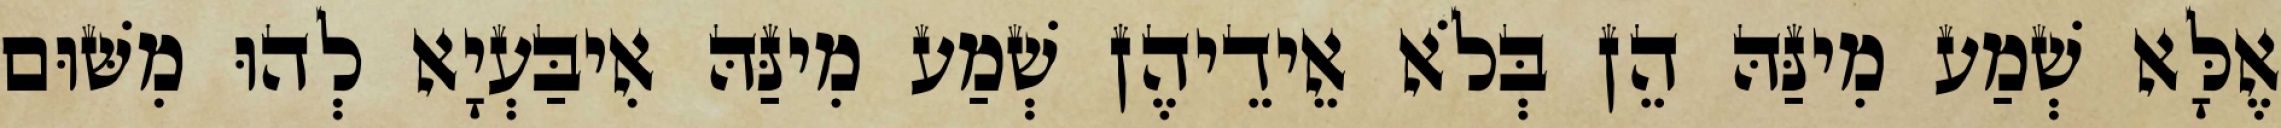
אֶלָּא שְׁמַע מִינַּהּ הֵן בְּלֹא אֵידֵיהֶן שְׁמַע מִינַּהּ אִיבַּעְיָא לְהוּ מִשּׁוּם